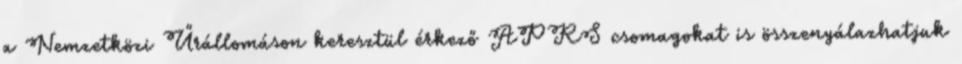
a Nemzetközi Űrállomáson keresztül érkező APRS csomagokat is összenyálazhatjuk